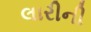
લારીની